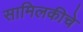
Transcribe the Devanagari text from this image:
सामिलकीचे